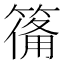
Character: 𮅴